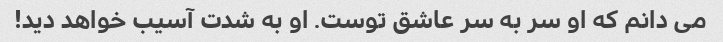
می دانم که او سر به سر عاشق توست. او به شدت آسیب خواهد دید!